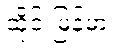
ထိုင်းမြန်မာ